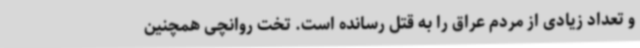
و تعداد زیادی از مردم عراق را به قتل رسانده است. تخت روانچی همچنین